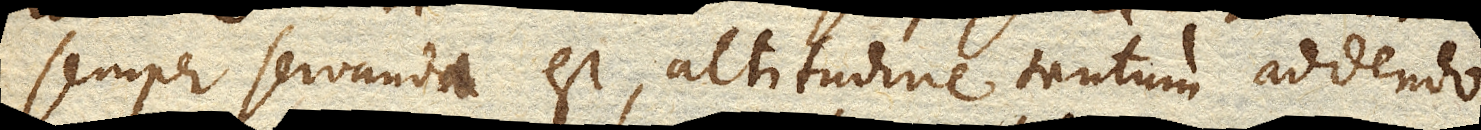
semper servanda est, altitudine tantum addendo